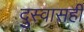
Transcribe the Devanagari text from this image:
दुस्वासही